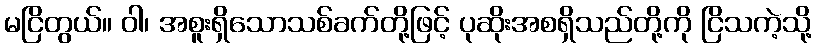
မငြိတွယ်။ ဝါ၊ အစူးရှိသောသစ်ခက်တို့ဖြင့် ပုဆိုးအစရှိသည်တို့ကို ငြိသကဲ့သို့